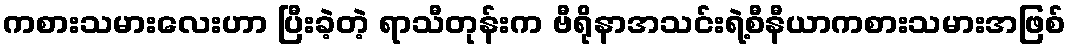
ကစားသမားလေးဟာ ပြီးခဲ့တဲ့ ရာသီတုန်းက ဗီရိုနာအသင်းရဲ့စီနီယာကစားသမားအဖြစ်